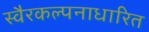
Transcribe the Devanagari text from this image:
स्वैरकल्पनाधारित